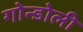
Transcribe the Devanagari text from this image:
गोन्डोली